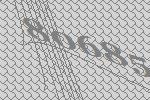
80685